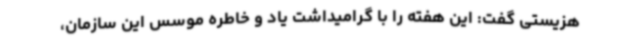
هزیستی گفت: این هفته را با گرامیداشت یاد و خاطره موسس این سازمان،